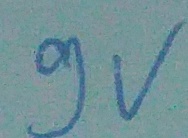
Text: 9V